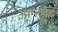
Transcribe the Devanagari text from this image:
आगलावे